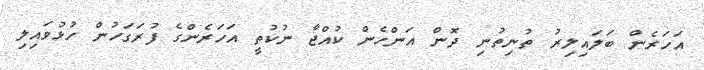
އަހަރެން ބަލައިލިރު ތުނިތުނި ދޮން އަންހެން ކުއްޖާ ނުކުތީ އަހަރެންގެ ފުރަގަހުން ހުޅުވައިލި